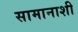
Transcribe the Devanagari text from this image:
सामानाशी